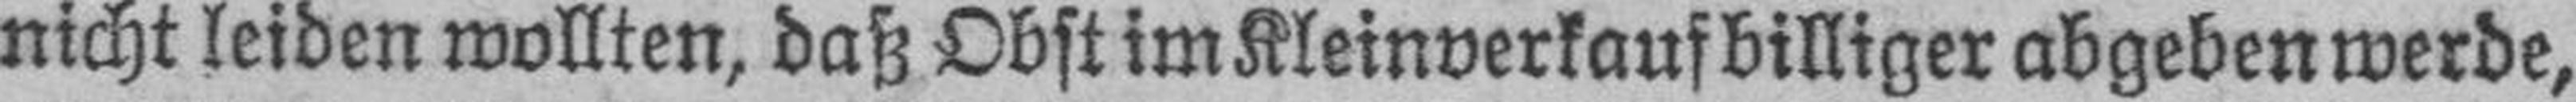
nicht leiden wollten, daß Obst im Kleinverkauf billiger abgeben werde,